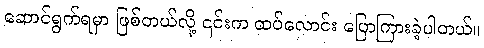
ဆောင်ရွက်ရမှာ ဖြစ်တယ်လို့ ၎င်းက ထပ်လောင်း ပြောကြားခဲ့ပါတယ်။